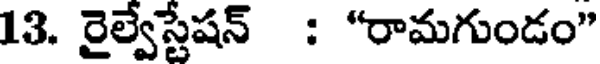
13. రైల్వేస్టేషన్ : "రామగుండం"